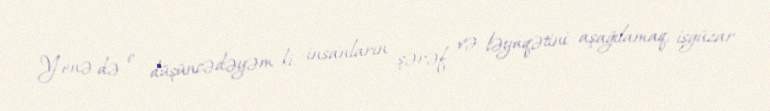
Yenə də o düşüncədəyəm ki, insanların şərəf və ləyaqətini aşağılamaq, işgüzar